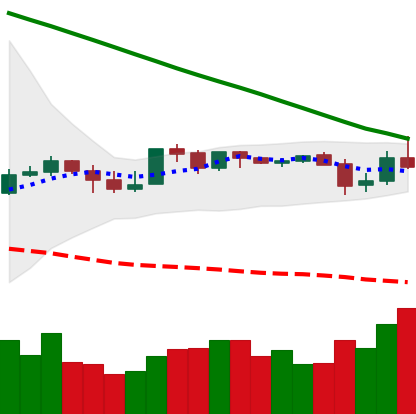
Ticker: XLM-USD
Chart end date: 2019-10-26
Forward return: 4.249%
Label: up_3_5